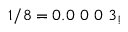
1 / 8 = 0 . 0 \ 0 \ 0 \ 3 _ { ! }